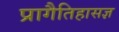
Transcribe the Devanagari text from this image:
प्रागैतिहासज्ञ